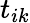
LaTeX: t_{ik}